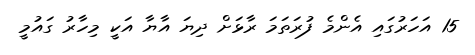
15 އަހަރުގައި އެންމެ ފުރަތަމަ ރާޅަށް ދިޔަ އާޔާ އަކީ މިހާރު ގައުމީ